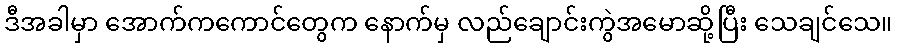
ဒီအခါမှာ အောက်ကကောင်တွေက နောက်မှ လည်ချောင်းကွဲအမောဆို့ပြီး သေချင်သေ။